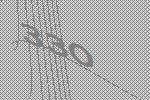
330